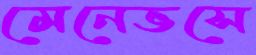
মেনেভসে